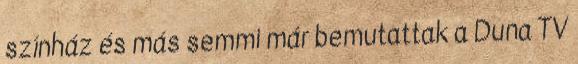
színház és más semmi már bemutattak a Duna TV